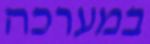
במערכה